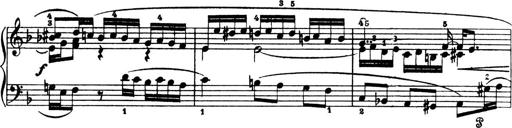
Title: 4 Sonatines
Composer: Max Reger